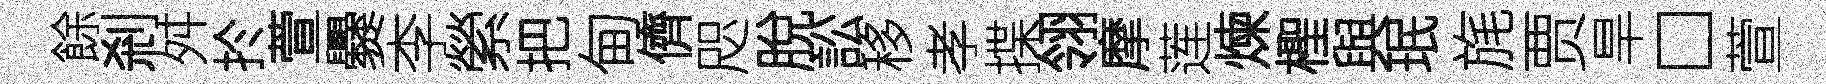
餘剎舛扵萱爨李縈把甸儕咫脫訟移孝揲翎摩莲煉檉與珉旄贾旱□萱